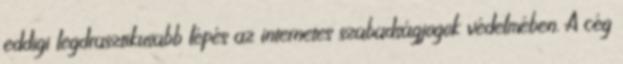
eddigi legdrasztikusabb lépés az internetes szabadságjogok védelmében. A cég